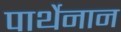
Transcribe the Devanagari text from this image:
पार्थेनान